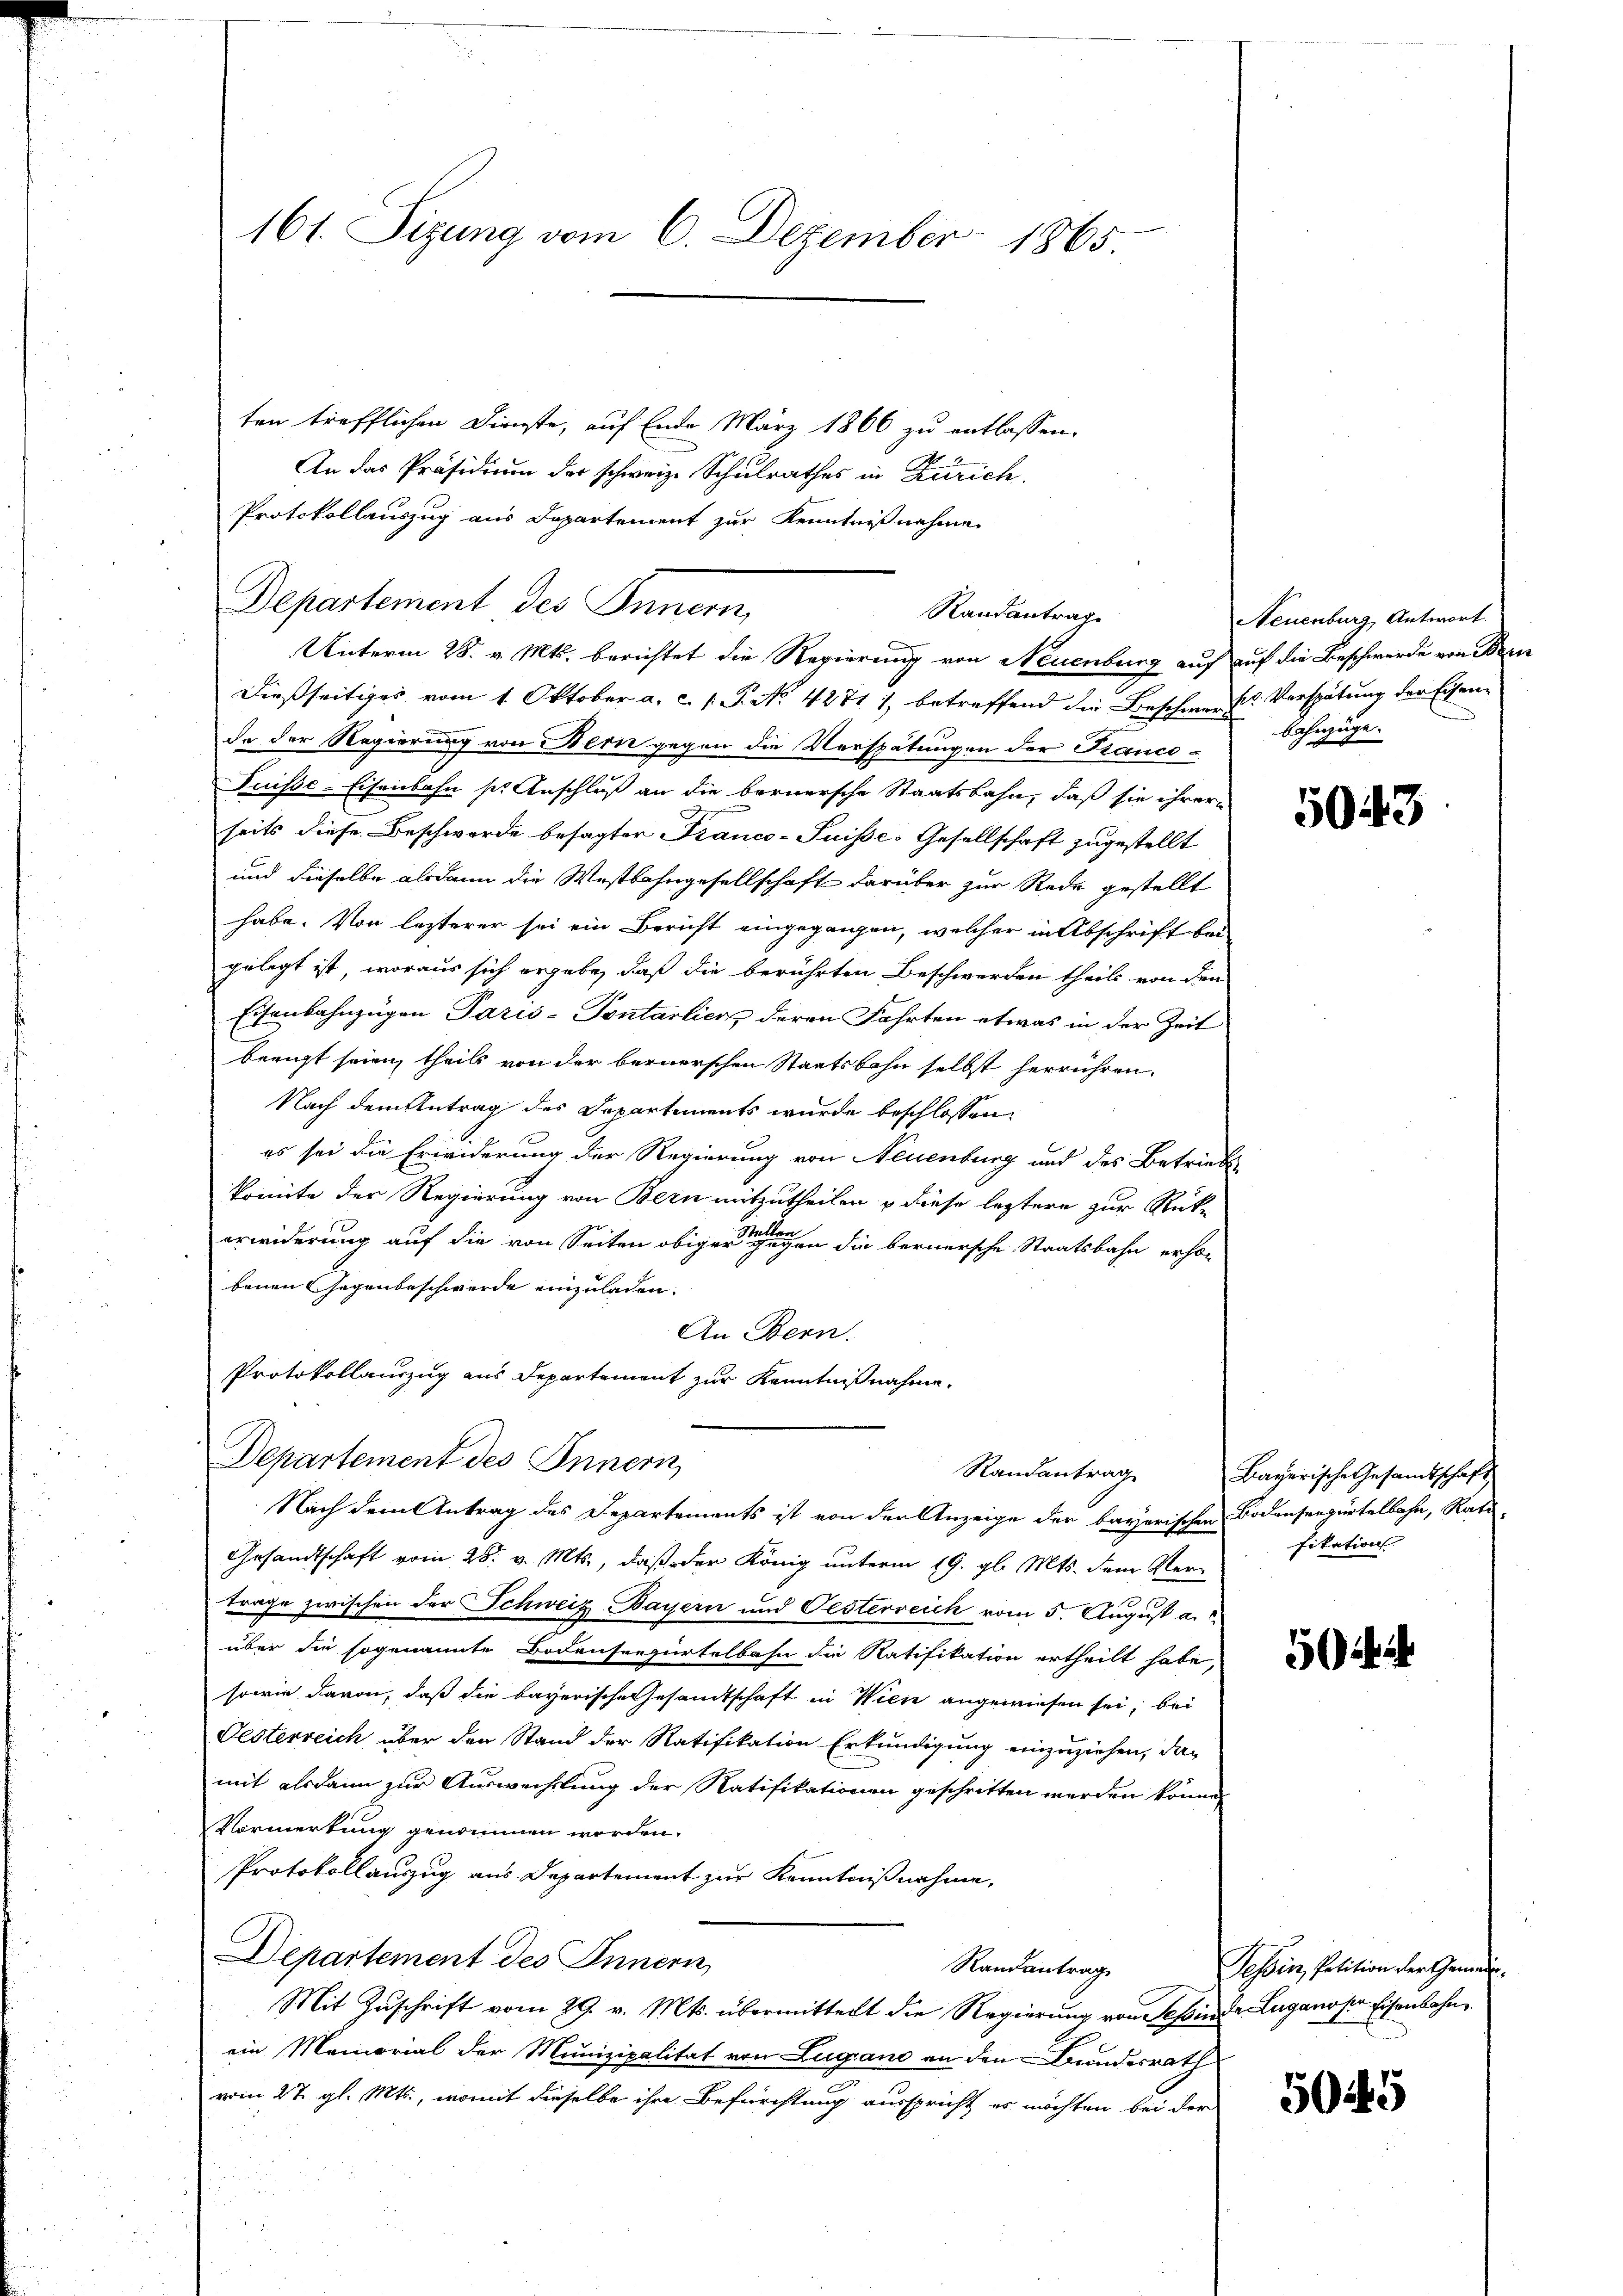
161. Sizung vom 6. Dezember 1865.

Departement des Innern,
dießseitiges vom 1. Oktober a. c. s. P. No 42711, betreffend die Beschwerte Verspätung der Eisen-
da der Regierung von Bern gegen die Verspätungen der Franco-
Puisse-Eisenbahn s. Anschluß an die bernersche Staatsbahn, daß sie ihrer-
seits diese Beschwerde besagter Franco-Puisse-Gesellschaft zugestellt
und dieselbe alsdann die Westbahngesellschaft darüber zur Rede gestellt
habe. Von lezterer sei ein Bericht eingegangen, welcher in Abschrift beigelegt ist, woraus sich ergebe, daß die berührten Beschwerden theils von den
Eisenbahnzügen Paris - Pontarlier deren Fahrten etwas in der Zeit
berigt seien, theils von der bernerschen Staatsbahn selbst herrühren.
Nach dem Antrag des Departements wurde beschlossen,
es sei die Erwiderung der Regierung von Neuenburg und des Betriebs
komite der Regierung von Bern mitzutheilen & diese leztere zur Rückerwiderung auf die von Seiten obiger eigen in die bernersche Staatsbahn erho-
benen Gegenbeschwerde einzuladen.
An Bern.
Protokollauszug aus Departement zur Kenntnißnahme.
Departement des Innern,
Nach dem Antrag des Departements ist von der Anzeige der bayerischen Bodenseezürtelbahn, Rati
Gesandtschaft vom 28. v. Mts., daß der König unterm 19. gl. Mts. dem Vertrage zwischen der Schweiz Bayern und Oesterreich vom 5. August a.
über die sogenannte Bodenseesurtelbahn die Ratifikation ertheilt habe,
sowie davon, daß die bayerische Gesandtschaft in Wien angewiesen sei, bei
Oesterreich über den Stand der Ratifikation Erkundigung einzuziehen, das
mit alsdann zur Auswechslung der Ratifikationen geschritten werden könne,
Vormerkung genommen worden.
Protokollauszug aus Departement zur Kenntnißnahme,
Departement des Innern,
Randantrag
Mit Zuschrift vom 29. v. Mts. übermittelt die Regierung von Teßinde Luganoser Eisenbahnein Memorial der Munizipalität von Lugano an den Bundesrath
vom 27. gl. Mts., womit dieselbe ihre Befürchtung ausspricht es möchten bei der

ten trefflichen Dienste, auf Ende März 1866 zu entlassen.
An das Präsidium der schweize Schulrathes in Zürich.
Protokollauszug aus Departement zur Kenntnißnahme
Randantrag
Unterm 28. v. Mts. berichtet die Regierung von Neuenburg auf auf die Beschwerde von Bren

Neuenburg, Antwort.
Bahnzüge.

5043

Randantrag Bayerische Gesamtschaft
fikation

50

Tessin, Petition der Gemein¬

5045